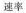
速率